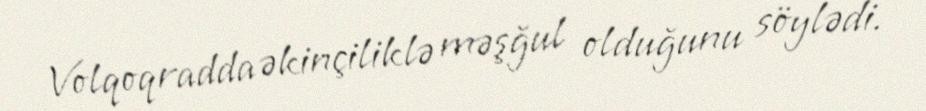
Volqoqradda əkinçiliklə məşğul olduğunu söylədi.